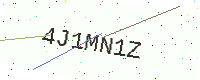
Text: 4J1MN1Z